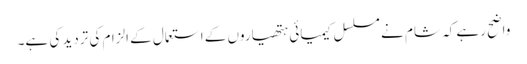
واضح رہے کہ شام نے مسلسل کیمیائی ہتھیاروں کے استعمال کے الزام کی تردید کی ہے۔